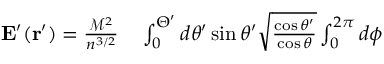
\begin{array} { r l } { \mathbf { E } ^ { \prime } ( \mathbf { r } ^ { \prime } ) = \frac { \mathcal { M } ^ { 2 } } { n ^ { 3 / 2 } } } & { { } \int _ { 0 } ^ { \Theta ^ { \prime } } d \theta ^ { \prime } \sin \theta ^ { \prime } \sqrt { \frac { \cos \theta ^ { \prime } } { \cos \theta } } \int _ { 0 } ^ { 2 \pi } d \phi } \end{array}